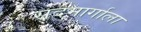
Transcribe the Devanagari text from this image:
सदमार्गाला